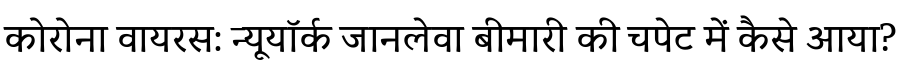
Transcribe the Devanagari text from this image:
कोरोना वायरस: न्यूयॉर्क जानलेवा बीमारी की चपेट में कैसे आया?